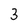
Character: 3